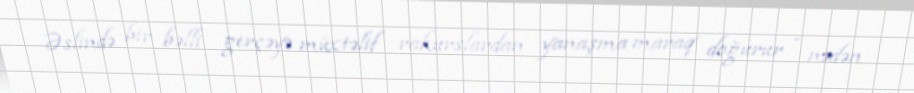
Əslində bir bəlli gerçəyə müxtəlif rakurslardan yanaşma maraq doğurur - nədən